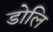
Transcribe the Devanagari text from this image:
डोलि